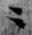
ニ